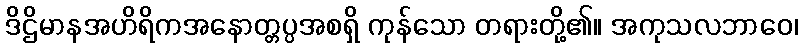
ဒိဌိမာနအဟိရိကအနောတ္တပ္ပအစရှိ ကုန်သော တရားတို့၏။ အကုသလဘာဝေ၊